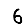
Digit: 6